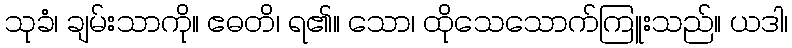
သုခံ၊ ချမ်းသာကို။ ဧဓတိ၊ ရ၏။ သော၊ ထိုသေသောက်ကြူးသည်။ ယဒါ၊